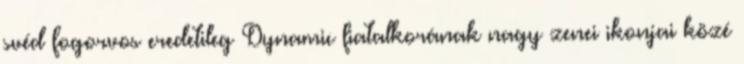
svéd fogorvos eredetileg Dynamic fiatalkorának nagy zenei ikonjai közé